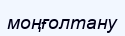
моңғолтану